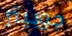
جوبيتر